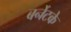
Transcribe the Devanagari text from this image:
बर्नेटके